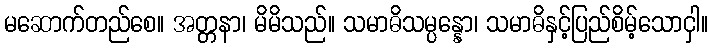
မဆောက်တည်စေ။ အတ္တနာ၊ မိမိသည်။ သမာဓိသမ္ပန္နော၊ သမာဓိနှင့်ပြည်စိမ့်သောငှါ။